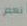
أنعم